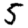
Digit: 5